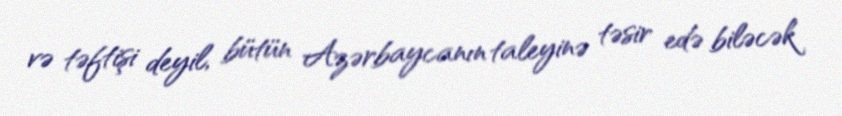
və təftişi deyil, bütün Azərbaycanın taleyinə təsir edə biləcək